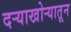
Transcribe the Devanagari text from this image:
दऱ्याखोऱ्यातून